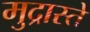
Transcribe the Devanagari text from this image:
मुद्रास्ते